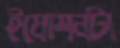
ইমোশনটা